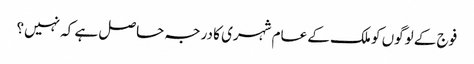
فوج کے لوگوں کو ملک کے عام شہری کا درجہ حاصل ہے کہ نہیں؟